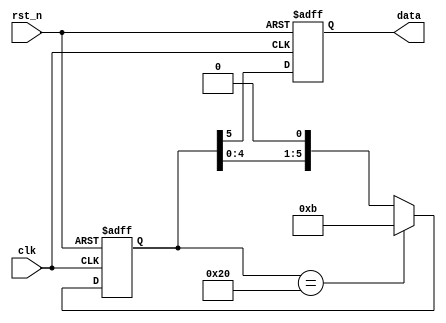
module sequence_generator_shift (
	input clk,    // Clock
	input rst_n,  // Asynchronous reset active low
	
	output reg data
);
	reg [5 : 0] data_reg ;

	always @(posedge clk or negedge rst_n) begin
		if (rst_n == 1'b0) begin
			data_reg <= 6'b00_1011 ;
		end
		else if (data_reg == 6'b10_0000) begin
			data_reg <= 6'b00_1011 ;
		end else begin
			data_reg <= (data_reg << 1) ;
		end
	end

	always @(posedge clk or negedge rst_n) begin
		if (rst_n == 1'b0) begin
			data <= 1'b0 ;
		end
		else begin
			data <= data_reg[5] ;
		end
	end

endmodule